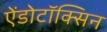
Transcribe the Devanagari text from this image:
ऐंडोटॉक्सिन